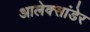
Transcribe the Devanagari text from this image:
आलेक्सांडेर